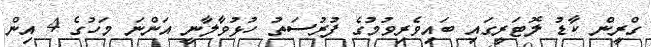
ގްރީން ކާޑު ލޮޓަރީގައި ބައިވެރިވުމުގެ ފުރުސަތު ހުޅުވާލާނީ އަންނަ މަހުގެ 4 އިން